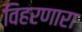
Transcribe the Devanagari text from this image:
विहरणारा